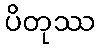
ပိတုဿ